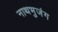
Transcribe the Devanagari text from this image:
नाथभुजंग